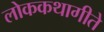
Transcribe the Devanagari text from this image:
लोककथागीते